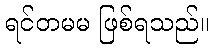
ရင်တမမ ဖြစ်ရသည်။